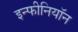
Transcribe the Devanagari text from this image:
इन्फीनियॉन